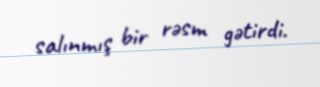
salınmış bir rəsm gətirdi.